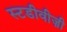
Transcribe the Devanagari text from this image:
स्टडीवीज़ी